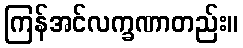
ကြန်အင်လက္ခဏာတည်း။